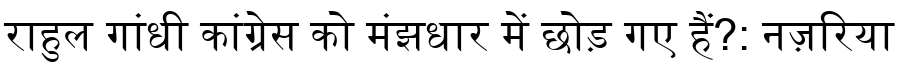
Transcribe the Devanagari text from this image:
राहुल गांधी कांग्रेस को मंझधार में छोड़ गए हैं?: नज़रिया